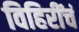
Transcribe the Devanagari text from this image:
विहिरींचं